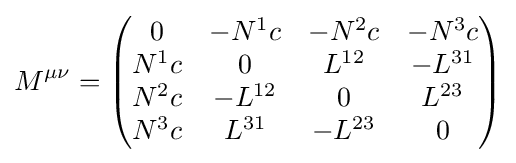
M^{\mu \nu }={\begin{pmatrix}0&-N^{1}c&-N^{2}c&-N^{3}c\\N^{1}c&0&L^{12}&-L^{31}\\N^{2}c&-L^{12}&0&L^{23}\\N^{3}c&L^{31}&-L^{23}&0\end{pmatrix}}